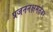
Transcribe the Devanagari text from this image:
प्रजननक्षमतेवर